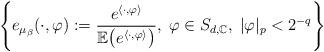
LaTeX: \begin{align*}\left\{ e_{\mu_{\beta}}(\cdot,\varphi):=\frac{e^{\langle\cdot,\varphi\rangle}}{\mathbb{E}\big(e^{\langle\cdot,\varphi\rangle}\big)},\;\varphi\in S_{d,\mathbb{C}},\;|\varphi|_{p}<2^{-q}\right\} \end{align*}